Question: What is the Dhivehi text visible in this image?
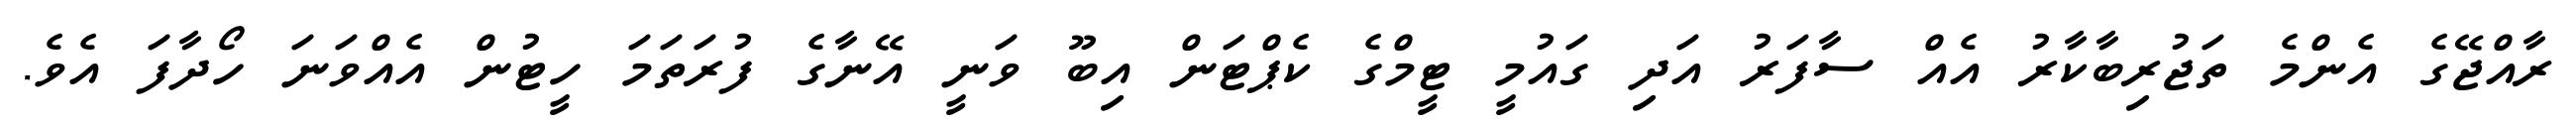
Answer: ރާއްޖޭގެ އެންމެ ތަޖުރިބާކާރު އެއް ސާފަރު އަދި ގައުމީ ޓީމްގެ ކެޕްޓަން އިބޫ ވަނީ އޭނާގެ ފުރަތަމަ ހީޓުން އެއްވަނަ ހޯދާފަ އެވެ.